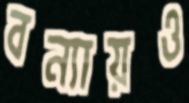
বন্যায়ও